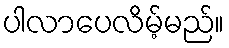
ပါလာပေလိမ့်မည်။